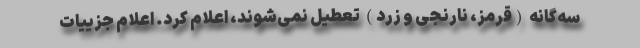
سه‌گانه (قرمز، نارنجی و زرد) تعطیل نمی‌شوند، اعلام کرد. اعلام جزییات